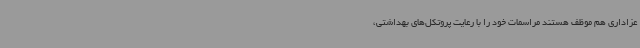
عزاداری هم موظف هستند مراسمات خود را با رعایت پروتکل‌های بهداشتی،